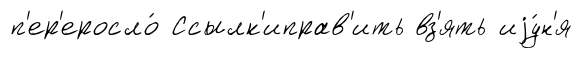
п'ер'еросло́ Ссылк'иправ'ить вз'ять иjу́н'я